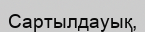
Сартылдауық,